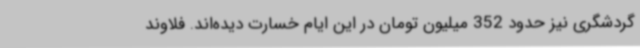
گردشگری نیز حدود 352 میلیون تومان در این ایام خسارت دیده‌اند. فلاوند